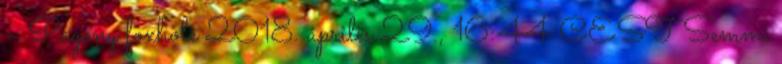
– Pagony foxhole 2018. április 29., 16:44 CEST Semmi